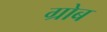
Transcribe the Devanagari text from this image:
ग्रोब